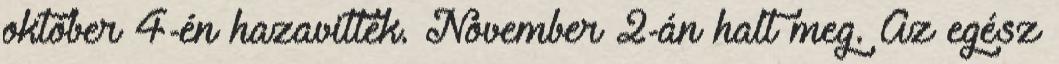
október 4-én hazavitték. November 2-án halt meg. Az egész